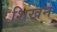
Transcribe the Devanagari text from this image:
शिखन